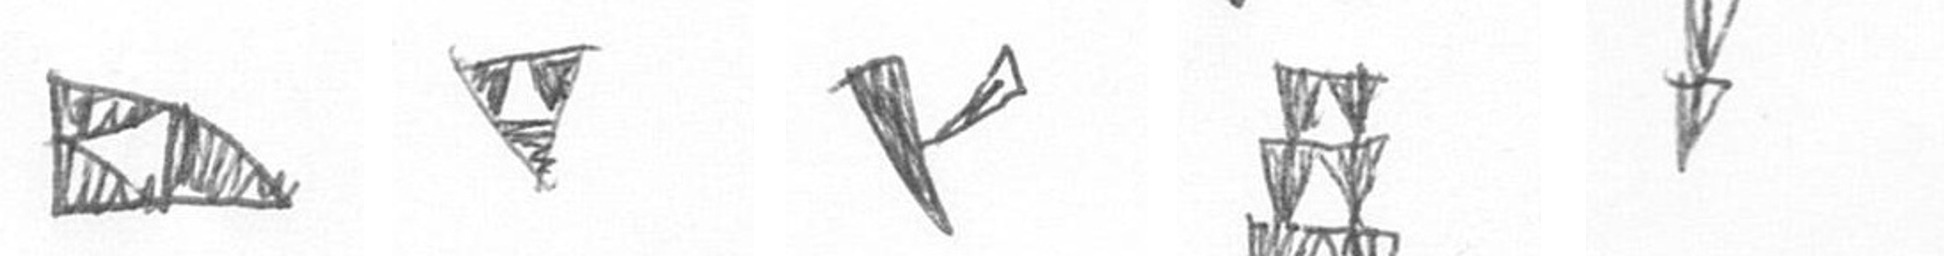
K S F Y Z